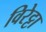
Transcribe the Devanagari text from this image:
विरेट्टा